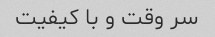
سر وقت و با کیفیت